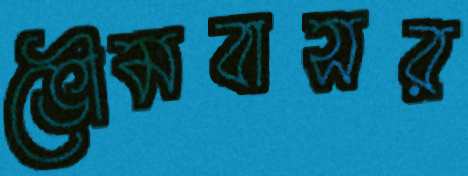
ভৌমবাসর